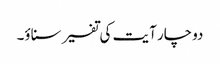
دوچار آیت کی تفسیر سناؤ۔